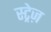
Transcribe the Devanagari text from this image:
स्ट्रेज़